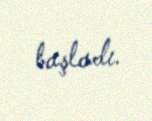
başladı.